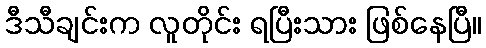
ဒီသီချင်းက လူတိုင်း ရပြီးသား ဖြစ်နေပြီ။